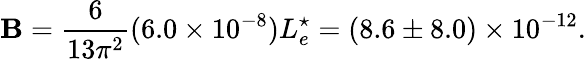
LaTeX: \mathbf{B}=\frac{{6}}{{13\pi^{2}}}(6.0\times10^{-8})L_{e}^{\star}=(8.6\pm8.0)\times10^{-12}.